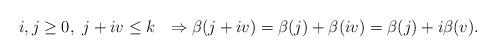
LaTeX: \begin{align*} i,j\geq 0, \ j+ i v \leq k \ \ \Rightarrow \beta(j+iv)= \beta(j) +\beta(i v) = \beta(j) +i \beta( v). \end{align*}